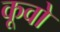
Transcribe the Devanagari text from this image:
कूवो